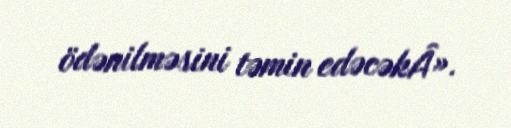
ödənilməsini təmin edəcəkÂ».